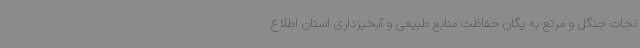
نجات جنگل و مرتع به یگان حفاظت منابع طبیعی و آبخیزداری استان اطلاع